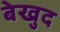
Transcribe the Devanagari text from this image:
बेखुद